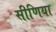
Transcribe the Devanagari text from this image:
सीणिया